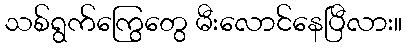
သစ်ရွက်ကြွေတွေ မီးလောင်နေပြီလား။